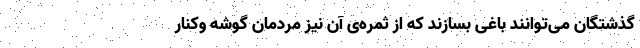
گذشتگان می‌توانند باغی بسازند که از ثمره‌ی آن نیز مردمان گوشه وکنار